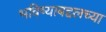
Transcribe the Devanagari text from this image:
भविष्याबद्दलच्या